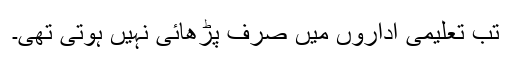
تب تعلیمی اداروں میں صرف پڑھائی نہیں ہوتی تھی۔